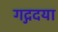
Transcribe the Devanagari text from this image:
गद्गदया